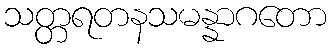
သတ္တရတနသမန္နာဂတော